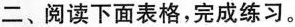
二、阅读下面表格，完成练习。